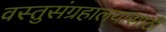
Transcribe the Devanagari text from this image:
वस्तुसंग्रहालयासाठी